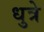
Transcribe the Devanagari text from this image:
धुत्रे